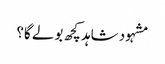
مشہود شاہد کچھ بولے گا؟